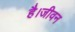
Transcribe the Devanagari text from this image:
है।जीवन